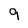
Character: 9